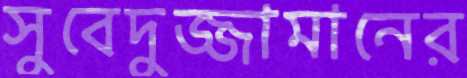
সুবেদুজ্জামানের